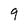
Character: 9